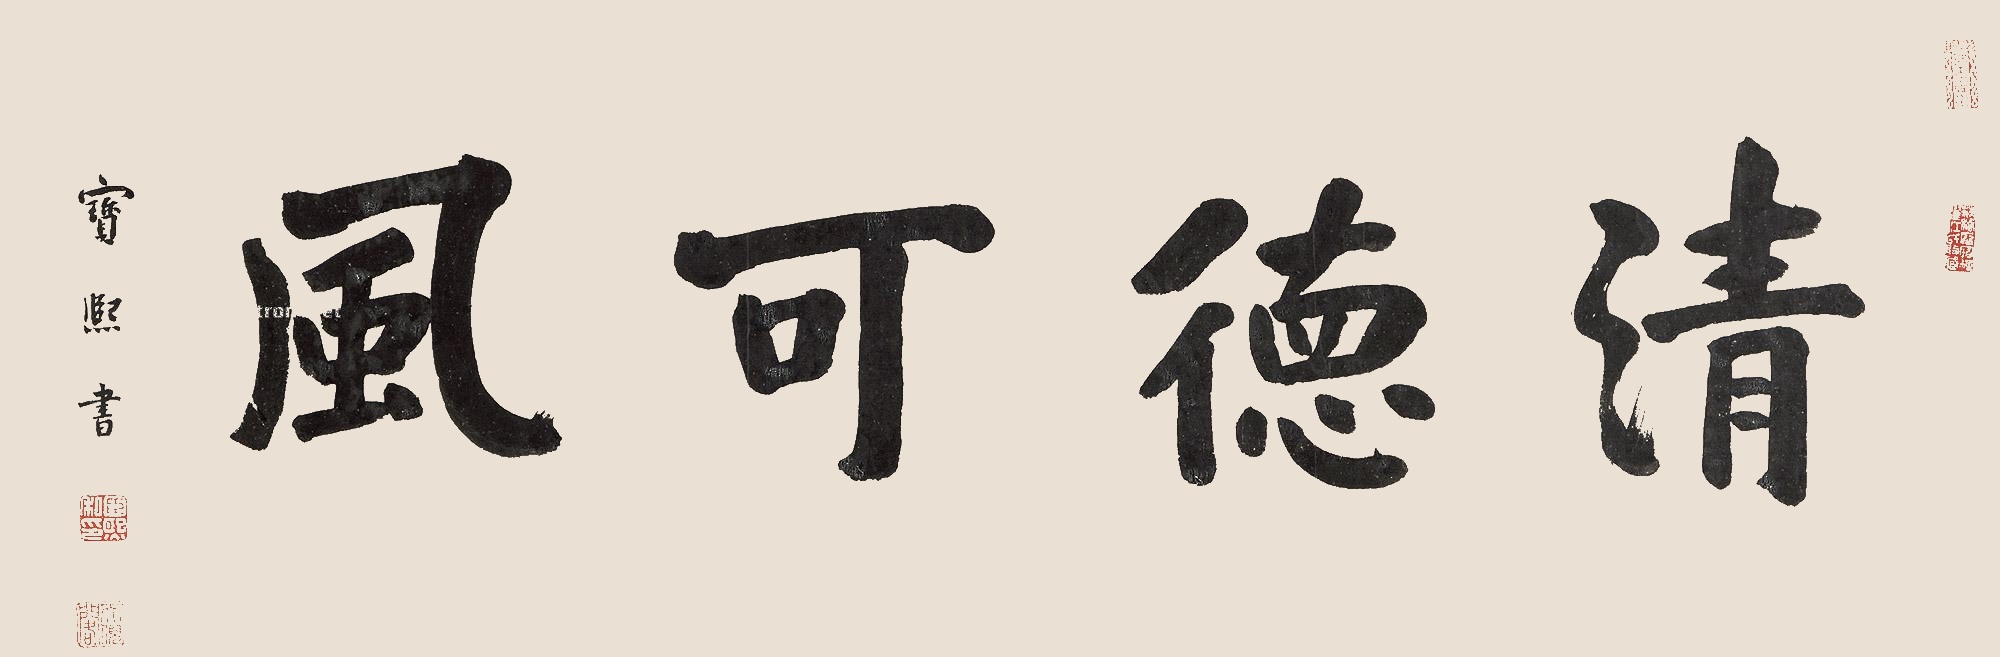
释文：清德可风。宝熙书。